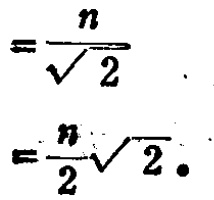
\[
=\frac{n}{\sqrt{2}}
\]
\[
=\frac{n}{2}\sqrt{2}
\]